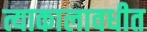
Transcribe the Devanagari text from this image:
त्याकालावधीत